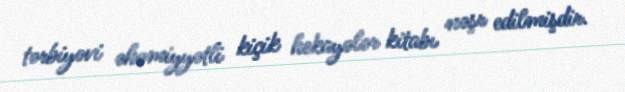
tərbiyəvi əhəmiyyətli kiçik hekayələr kitabı nəşr edilmişdir.